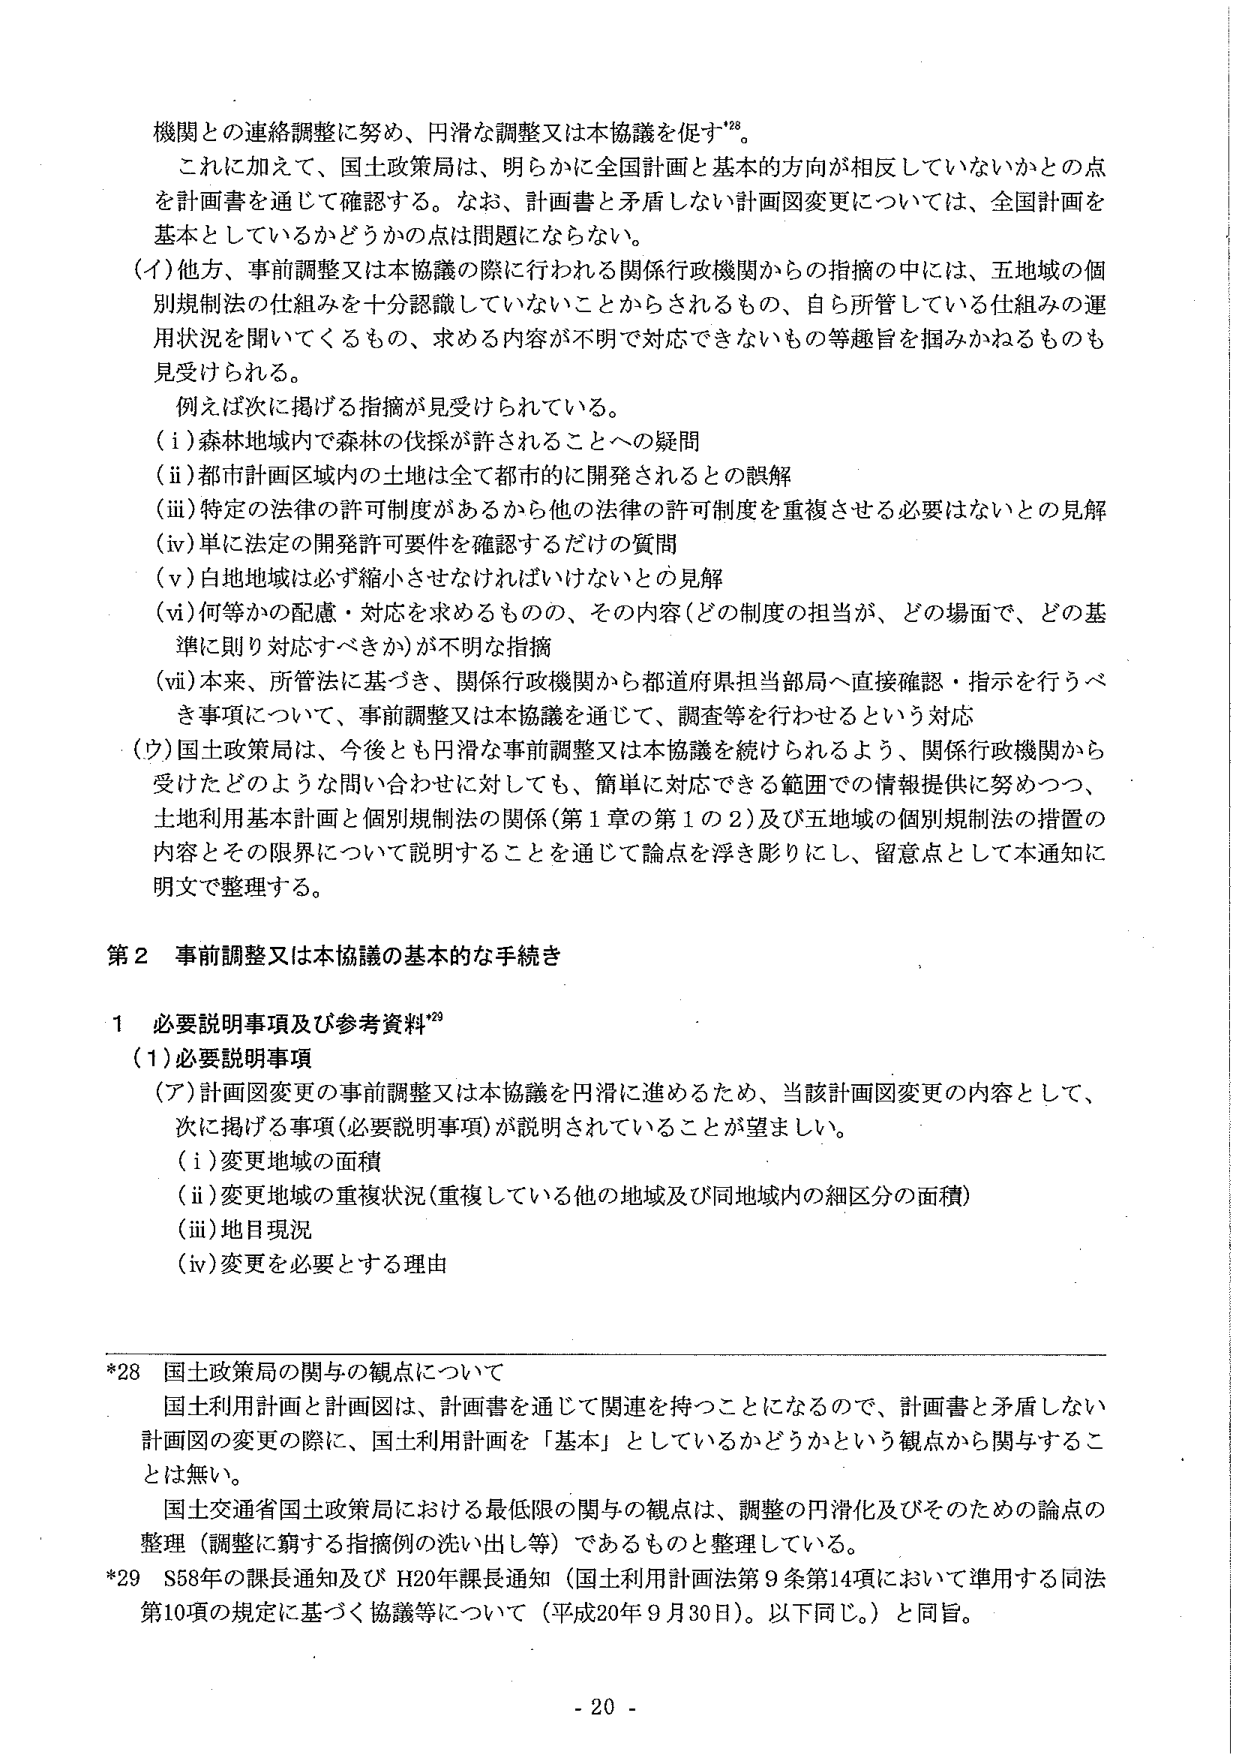
機関との連絡調整に努め、円滑な調整又は本協議を促す*28。

これに加えて、国土政策局は、明らかに全国計画と基本的方向が相反していないかとの点を計画書を通じて確認する。なお、計画書と矛盾しない計画図変更については、全国計画を基本としているかどうかの点は問題にならない。

（イ）他方、事前調整又は本協議の際に行われる関係行政機関からの指摘の中には、五地域の個別規制法の仕組みを十分認識していないことからされるもの、自ら所管している仕組みの運用状況を聞いてくるもの、求める内容が不明で対応できないもの等趣旨を掴みかねるものも見受けられる。

例えば次に掲げる指摘が見受けられている。

（i）森林地域内で森林の伐採が許されることへの疑問

（ii）都市計画区域内の土地は全て都市的に開発されるとの誤解

（iii）特定の法律の許可制度があるから他の法律の許可制度を重複させる必要はないとの見解

（iv）単に法定の開発許可要件を確認するだけの質問

（v）白地地域は必ず縮小させなければならないとの見解

（vi）何等かの配慮・対応を求めるものの、その内容（どの制度の担当が、どの場面で、どの基準に則り対応すべきか）が不明な指摘

（vii）本来、所管法に基づき、関係行政機関から都道府県担当部局へ直接確認・指示を行うべき事項について、事前調整又は本協議を通じて、調査等を行わせるという対応

（ウ）国土政策局は、今後とも円滑な事前調整又は本協議を続けられるよう、関係行政機関から受けたどのような問い合わせに対しても、簡単に対応できる範囲での情報提供に努めつつ、土地利用基本計画と個別規制法の関係（第1章の第1の2）及び五地域の個別規制法の措置の内容とその限界について説明することを通じて論点を浮き彫りにし、留意点として本通知に明文で整理する。

第2 事前調整又は本協議の基本的な手続き

1 必要説明事項及び参考資料*29

（1）必要説明事項

（ア）計画図変更の事前調整又は本協議を円滑に進めるため、当該計画図変更の内容として、次に掲げる事項（必要説明事項）が説明されていることが望ましい。

（i）変更地域の面積

（ii）変更地域の重複状況（重複している他の地域及び同地域内の細区分の面積）

（iii）地目現況

（iv）変更を必要とする理由

*28 国土政策局の関与の観点について

国土利用計画と計画図は、計画書を通じて関連を持つことになるので、計画書と矛盾しない計画図の変更の際に、国土利用計画を「基本」としているかどうかという観点から関与することは無い。

国土交通省国土政策局における最低限の関与の観点は、調整の円滑化及びそのための論点の整理（調整に窮する指摘例の洗い出し等）であるものと整理している。

*29 S58年の課長通知及びH20年課長通知（国土利用計画法第9条第14項において準用する同法第10項の規定に基づく協議等について（平成20年9月30日）。以下同じ。）と同旨。

- 20 -